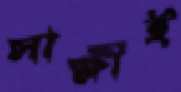
সাক্ষীই